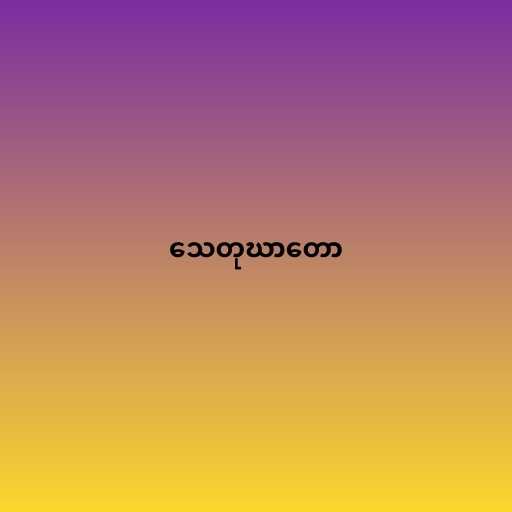
သေတုဃာတော